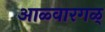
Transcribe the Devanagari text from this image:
आळ्वारगळ्